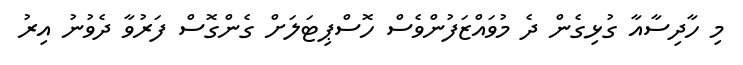
މި ހާދިސާއާ ގުޅިގެން ދެ މުވައްޒަފުންވެސް ހޮސްޕިޓަލަށް ގެންގޮސް ފަރުވާ ދެވުނު އިރު